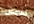
الهامش